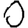
Digit: 0